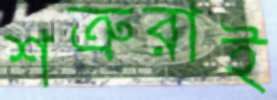
শত্রুরাই